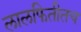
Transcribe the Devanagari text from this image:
लालफितीतच